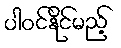
ပါဝင်နိုင်မည့်